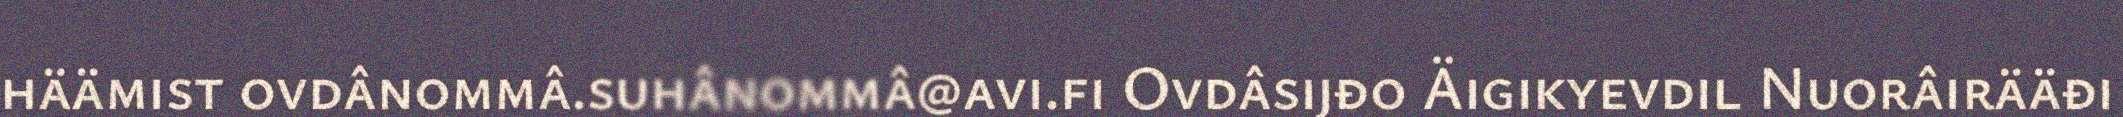
häämist ovdânommâ.suhânommâ@avi.fi Ovdâsijđo Äigikyevdil Nuorâirääđi